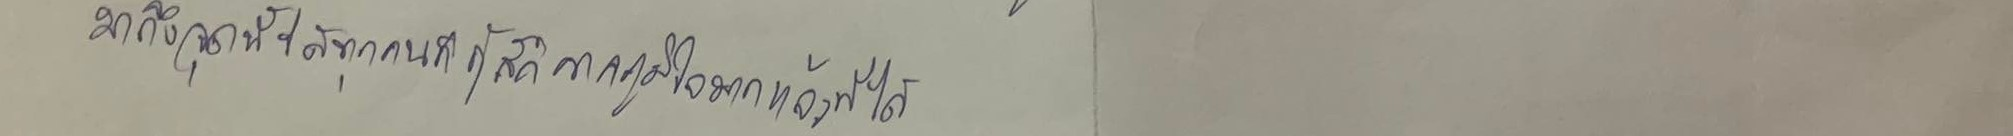
มาถึงจุดนี้ได้ทุกคนก็รู้สึกภาคภูมิใจมากแล้วที่ได้